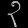
Digit: ၃